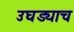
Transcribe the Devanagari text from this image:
उघड्याच